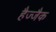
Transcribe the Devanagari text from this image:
हैज्जैक